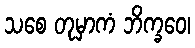
သစေ တုမှာကံ ဘိက္ခဝေ၊